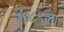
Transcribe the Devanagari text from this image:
१९८९ला